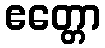
ဧတ္တော